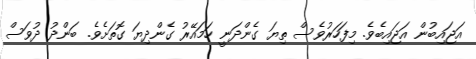
އަޖައިބުން އަޖައިބެވެ. މިފަހަރުވެސް ތިޔަ ގެންދަނީ ހަމައޭރު ގެންދިޔަ ގޮތަށެވެ. ބަންދު ދުވަސް